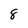
Character: 8